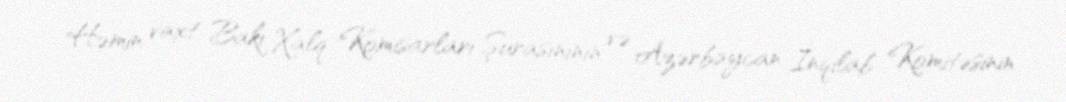
Həmin vaxt Bakı Xalq Komisarları Şurasınının və Azərbaycan İnqilab Komitəsinin